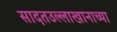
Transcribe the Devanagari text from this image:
सादतउल्लाखानाच्या